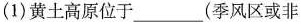
(1)黄土高原位于___(季风区或非